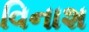
વિનાશ